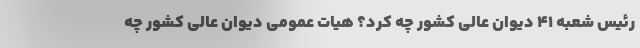
رئیس شعبه ۴۱ دیوان عالی کشور چه کرد؟ هیات عمومی دیوان عالی کشور چه